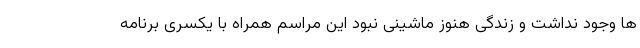
ها وجود نداشت و زندگی هنوز ماشینی نبود این مراسم همراه با یکسری برنامه